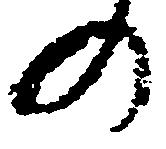
の